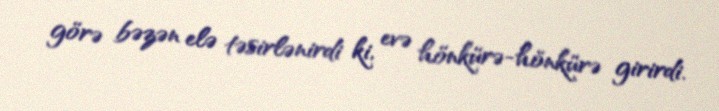
görə bəzən elə təsirlənirdi ki, evə hönkürə-hönkürə girirdi.